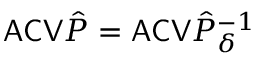
\mathsf { A C V } \hat { P } = \mathsf { A C V } \hat { P } _ { \delta } ^ { - 1 }